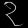
Digit: ၃